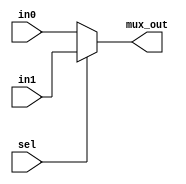
`timescale 1ns / 1ps
//////////////////////////////////////////////////////////////////////////////////
// Assignment 4 
// Project Name:gcd
// Description: Group No 28
// Roll no - 18CS10013, 18CS10024
//////////////////////////////////////////////////////////////////////////////////

module mux(
    input sel,
    input [31:0] in0, in1,
	 output [31:0] mux_out
    );
	 
assign mux_out = (sel==0) ? in0 : in1;

endmodule